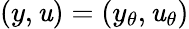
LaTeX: (y,\mathit{u})=(y_{\theta},\mathit{u}_{\theta})